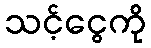
သင့်ငွေကို